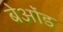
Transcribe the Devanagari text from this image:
बेओंड